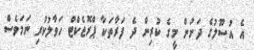
އެ އުސޫލުގެ ދަށުން މީގެ ކުރިން ދެ ފަރާތަކާ ޕްރޮޖެކްޓް ހަވާލުކުރި ނަމަވެސް